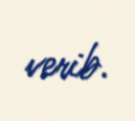
verib.